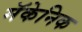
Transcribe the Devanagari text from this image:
मॅकेनिक